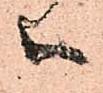
ハ